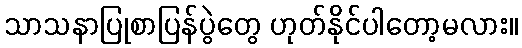
သာသနာပြုစာပြန်ပွဲတွေ ဟုတ်နိုင်ပါတော့မလား။